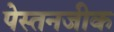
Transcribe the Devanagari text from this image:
पेस्तनजीक